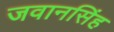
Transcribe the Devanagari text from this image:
जवानसिंह